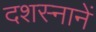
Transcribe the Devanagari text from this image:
दशस्नानें